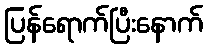
ပြန်ရောက်ပြီးနောက်